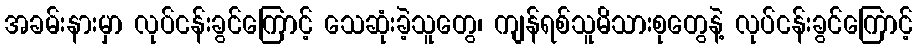
အခမ်းနားမှာ လုပ်ငန်းခွင်ကြောင့် သေဆုံးခဲ့သူတွေ၊ ကျန်ရစ်သူမိသားစုတွေနဲ့ လုပ်ငန်းခွင်ကြောင့်